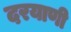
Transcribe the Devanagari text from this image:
दरयाणी